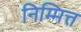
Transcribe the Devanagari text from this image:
निम्मित्त